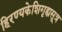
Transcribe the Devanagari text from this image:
हिरण्यकेशिगृह्यसूत्र